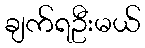
ချက်ရဦးမယ်